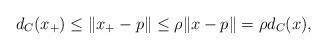
LaTeX: \begin{align*}d_C(x_+) \leq \|x_+ -p\| \leq \rho\|x -p\| =\rho d_C(x),\end{align*}